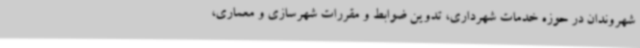
شهروندان در حوزه خدمات شهرداری، تدوین ضوابط و مقررات شهرسازی و معماری،